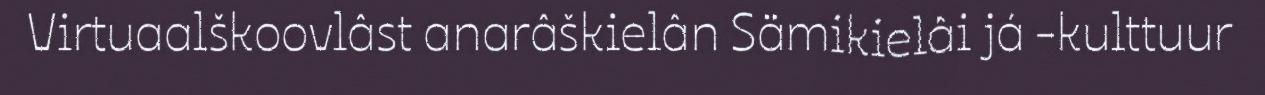
Virtuaalškoovlâst anarâškielân Sämikielâi já -kulttuur